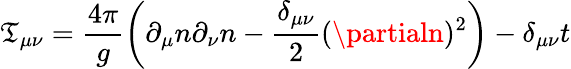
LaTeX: \mathfrak{T}_{\mu\nu}=\frac{{4\pi}}{{g}}\left(\partial_{\mu}n\partial_{\nu}n-\frac{{\delta_{\mu\nu}}}{{2}}(\partialn)^{2}\right)-\delta_{\mu\nu}t